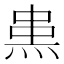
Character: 𤊌